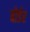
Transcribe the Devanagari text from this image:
बोर्डर